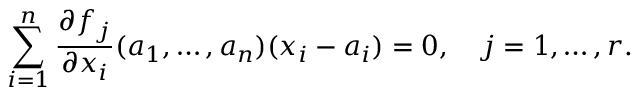
\sum _ { i = 1 } ^ { n } { \frac { \partial f _ { j } } { \partial { x _ { i } } } } ( a _ { 1 } , \dots , a _ { n } ) ( x _ { i } - a _ { i } ) = 0 , \quad j = 1 , \dots , r .